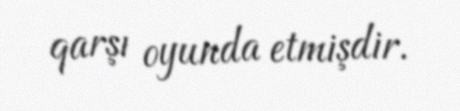
qarşı oyunda etmişdir.